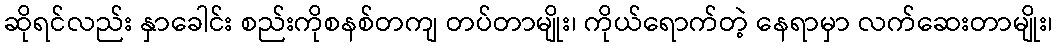
ဆိုရင်လည်း နှာခေါင်း စည်းကိုစနစ်တကျ တပ်တာမျိုး၊ ကိုယ်ရောက်တဲ့ နေရာမှာ လက်ဆေးတာမျိုး၊